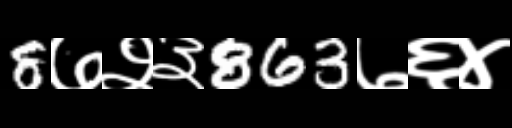
Text: 8७२३863७६४